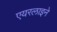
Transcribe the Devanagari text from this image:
एयरलाइने